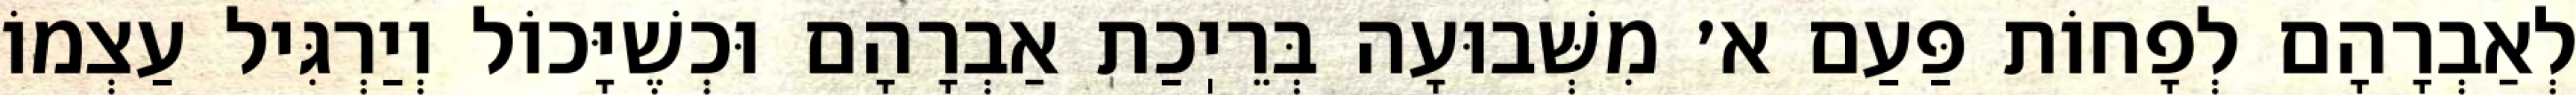
לְאַבְרָהָם לְפָחוֹת פַּעַם א׳ מִשְּׁבוּעָה בְּרֵיֽכַת אַבְרָהָם וּכְשֶׁיָּכוֹל וְיַרְגִּיל עַצְמוֹ